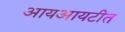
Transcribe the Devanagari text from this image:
आयआयटीत